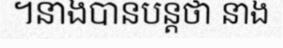
។នាងបានបន្តថា នាង